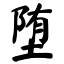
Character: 堕